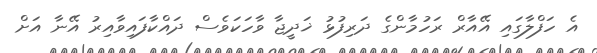
އެ ހަފްލާގައި އޭއާރް ރަހުމާންގެ ދަރިފުޅު ޚަދީޖާ ވާހަކަވެސް ދައްކާފައިވާއިރު އޭނާ އަށް